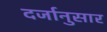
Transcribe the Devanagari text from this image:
दर्जानुसार